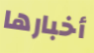
أخبارها